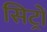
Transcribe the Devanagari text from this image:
सिट्रों